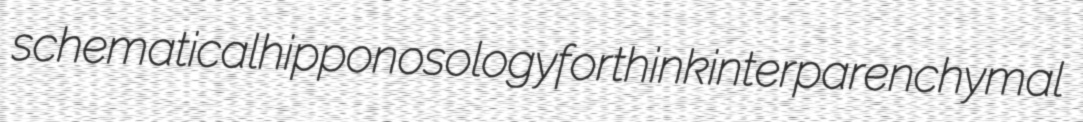
schematical hipponosology forthink interparenchymal